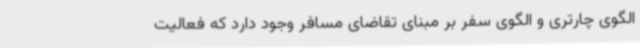
الگوی چارتری و الگوی سفر بر مبنای تقاضای مسافر وجود دارد که فعالیت